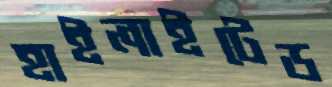
হাইলাইটেড